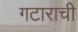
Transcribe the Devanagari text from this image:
गटाराची